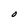
Character: O